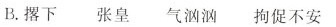
B.撂下 张皇 气汹汹 拘促不安